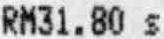
RM31.80 S